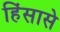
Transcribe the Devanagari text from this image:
हिंसासे